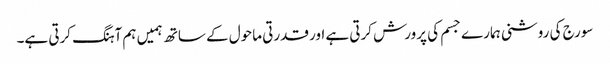
سورج کی روشنی ہمارے جسم کی پرورش کرتی ہے اور قدرتی ماحول کے ساتھ ہمیں ہم آہنگ کرتی ہے۔